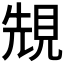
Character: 𧠺